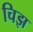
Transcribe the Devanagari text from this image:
चिझ